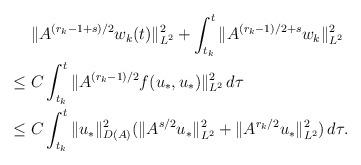
LaTeX: \begin{align*}&\;\|A^{(r_k-1+s)/2}w_k(t)\|_{L^2}^2 +\int_{t_k}^{t} \|A^{(r_k-1)/2+s}w_k\|_{L^2}^2\\\leq &\; C\int_{t_k}^{t} \|A^{(r_k-1)/2}f(u_*,u_*)\|_{L^2}^2 \,d\tau\\\leq &\; C\int_{t_k}^t \|u_*\|_{D(A)}^2(\|A^{s/2}u_*\|_{L^2}^2+\|A^{r_k/2}u_*\|_{L^2}^2) \,d\tau.\end{align*}